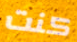
كنت